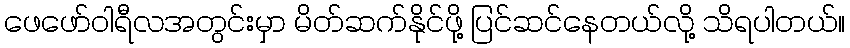
ဖေဖော်ဝါရီလအတွင်းမှာ မိတ်ဆက်နိုင်ဖို့ ပြင်ဆင်နေတယ်လို့ သိရပါတယ်။